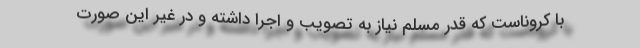
با کروناست که قدر مسلم نیاز به تصویب و اجرا داشته و در غیر این صورت